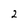
Character: 2